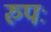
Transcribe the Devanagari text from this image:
रुपः